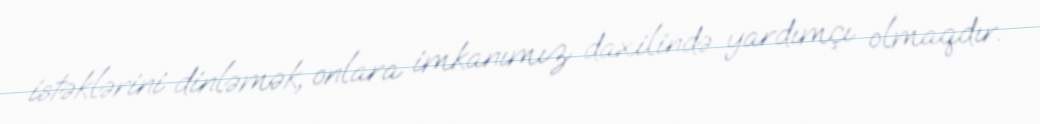
istəklərini dinləmək, onlara imkanımız daxilində yardımçı olmaqdır.